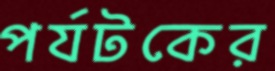
পর্যটকের